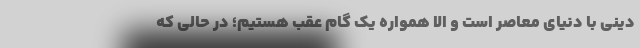
دینی با دنیای معاصر است و الّا همواره یک گام عقب هستیم؛ در حالی که